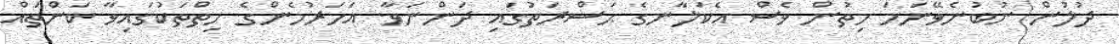
ދުލުން ނުބުނެވޭނަމަ ހިތުން ވެސް އެކަލާނގެ ޙަޟްރަތުގައި ދަންނަވާ. އަހަރުމެންގެ ހިތްތަކުގައިވާ ކަންތައް